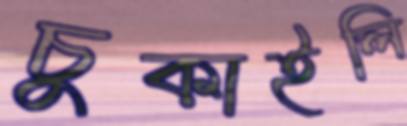
চুকাইলি